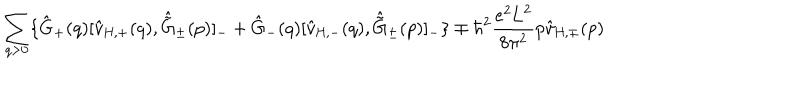
\sum _ { q > 0 } \{ \hat { \mathrm { G } } _ { + } ( q ) [ \hat { v } _ { \mathrm { H , + } } ( q ) , \hat { \tilde { \mathrm { G } } } _ { \pm } ( p ) ] _ { - } + \hat { \mathrm { G } } _ { - } ( q ) [ \hat { v } _ { \mathrm { H , - } } ( q ) , \hat { \tilde { \mathrm { G } } } _ { \pm } ( p ) ] _ { - } \} \mp { \hbar } ^ { 2 } \frac { e ^ { 2 } \mathrm { L } ^ { 2 } } { 8 { \pi } ^ { 2 } } p \hat { v } _ { \mathrm { H , \mp } } ( p )